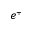
e ^ { + }